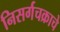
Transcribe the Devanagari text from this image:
निसर्गचक्राचे